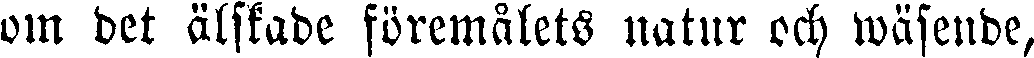
om det älskade föremålets natur och wäsende,